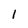
Character: 1